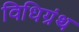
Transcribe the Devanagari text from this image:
विधिग्रंथ